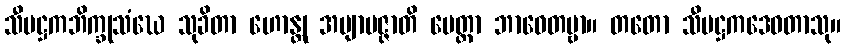
သီမဋ္ဌကဘိက္ခုသံဃေ သုခိတာ ဟောန္တု အဗျာပဇ္ဇာတိ မေတ္တာ ဘာဝေတဗ္ဗာ။ တတော သီမဋ္ဌကဒေဝတာသု။